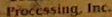
Processing. Inc.